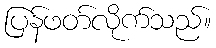
ပြန်ဖတ်လိုက်သည်။